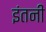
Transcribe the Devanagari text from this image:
इंतनी